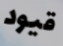
قيود